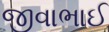
જીવાભાઈ